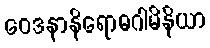
ဝေဒနာနိရောဓဂါမိနိယာ